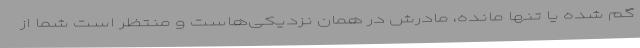
گم شده یا تنها مانده، مادرش در همان نزدیکی‌هاست و منتظر است شما از